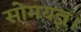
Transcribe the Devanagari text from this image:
सोमयज्ञ।